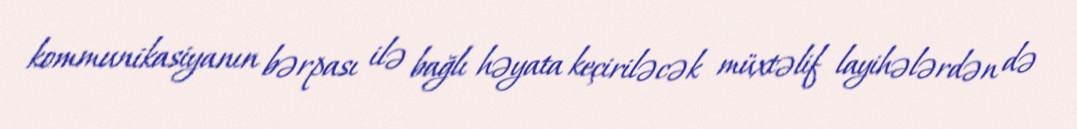
kommunikasiyanın bərpası ilə bağlı həyata keçiriləcək müxtəlif layihələrdən də